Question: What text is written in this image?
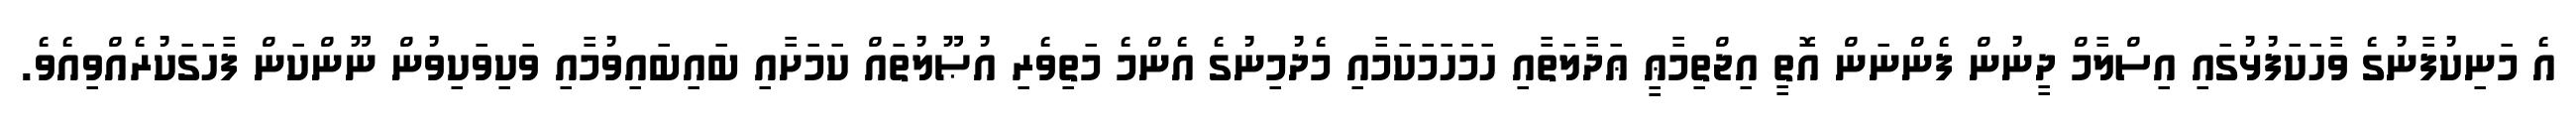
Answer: އެ މަނިކުފާނުގެ ވާހަކަފުޅުގައި އިސްލާމް ދީނުން ފެންނަން އޮތީ އިޖްތިމާޢީ ޢަދާލަތާއި ހަމަހަމަކަމާއި މެދުމިނުގެ އެންމެ މަތިވެރި އުޞޫލުތައް ކަމަށާއި ބައިބައިވުމާއި ވަކިވަކިވުން ނޫންކަން ފާހަގަކުރެއްވިއެވެ.